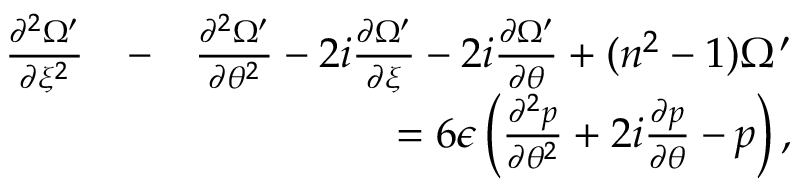
\begin{array} { r l r } { \frac { \partial ^ { 2 } \Omega ^ { \prime } } { \partial \xi ^ { 2 } } } & { - } & { \frac { \partial ^ { 2 } \Omega ^ { \prime } } { \partial \theta ^ { 2 } } - 2 i \frac { \partial \Omega ^ { \prime } } { \partial \xi } - 2 i \frac { \partial \Omega ^ { \prime } } { \partial \theta } + ( n ^ { 2 } - 1 ) \Omega ^ { \prime } } \\ & { } & { = 6 \epsilon \left( \frac { \partial ^ { 2 } p } { \partial \theta ^ { 2 } } + 2 i \frac { \partial p } { \partial \theta } - p \right) , } \end{array}